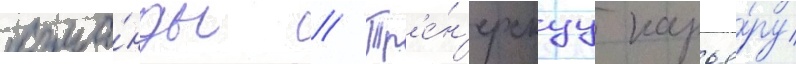
кома́нды // Тр'е́н'ерскуу карье́ру